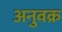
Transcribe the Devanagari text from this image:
अनुवक्र